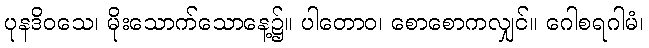
ပုနဒိဝသေ၊ မိုးသောက်သောနေ့၌။ ပါတောဝ၊ စောစောကလျှင်။ ဂေါစရဂါမံ၊